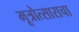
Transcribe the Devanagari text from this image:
मूत्रोत्साराचा